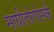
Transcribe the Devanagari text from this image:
माग्नीतोगोर्स्क